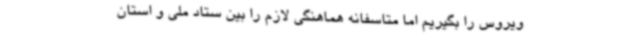
ویروس را بگیریم اما متاسفانه هماهنگی لازم را بین ستاد ملی و استان